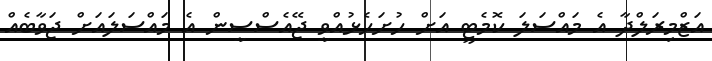
އަޒްމިރަލްދާ އެ މައްސަލަ ކޮމެޓީ އަށް ހުށަހެޅުއްވީ ޖޭއެސްސީން އެ މައްސަލައަށް ޖަވާބެއް